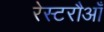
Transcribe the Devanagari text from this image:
रेस्टरौआँ